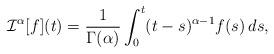
LaTeX: \begin{align*}\mathcal{I}^{\alpha}[f](t)=\frac{1}{\Gamma(\alpha)}\int_0^t (t-s)^{\alpha-1} f(s)\,ds,\end{align*}